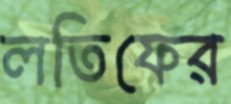
লতিফের